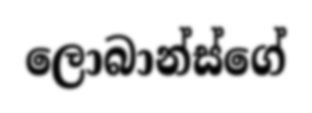
ලොබාන්ස්ගේ